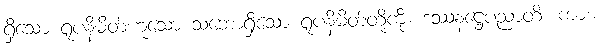
ရှိသော ရူပနိမိတ်ဟူသော သဘောရှိသော ရူပနိမိတ်တို့ကို။ ဒဿနဋ္ဌေပညာတိ၊ ကား။